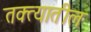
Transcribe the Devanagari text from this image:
तक्त्यातील